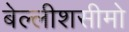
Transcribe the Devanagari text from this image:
बेल्लीशसीमो